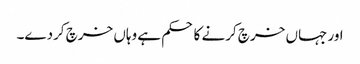
اور جہاں خرچ کرنے کا حکم ہے وہاں خرچ کردے۔